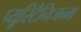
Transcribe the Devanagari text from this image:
प्यूरिटैनिजन्म